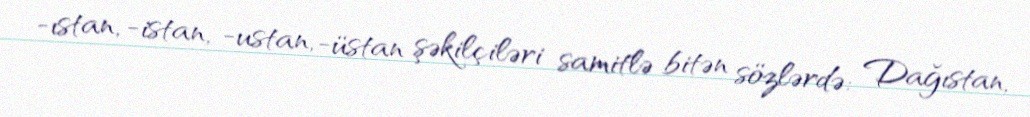
-ıstan, -istan, -ustan, -üstan şəkilçiləri samitlə bitən sözlərdə: Dağıstan,